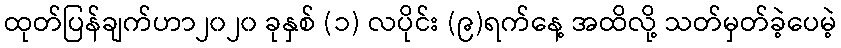
ထုတ်ပြန်ချက်ဟာ၂၀၂၀ ခုနှစ် (၁) လပိုင်း (၉)ရက်နေ့ အထိလို့ သတ်မှတ်ခဲ့ပေမဲ့